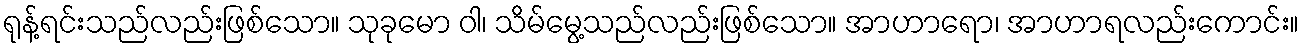
ရုန့်ရင်းသည်လည်းဖြစ်သော။ သုခုမော ဝါ၊ သိမ်မွေ့သည်လည်းဖြစ်သော။ အာဟာရော၊ အာဟာရလည်းကောင်း။